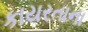
કાયરતાના